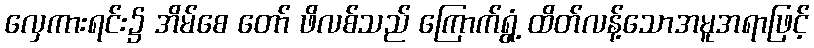
လှေကားရင်း၌ အိမ်စေ တော် ဖိလစ်သည် ကြောက်ရွံ့ ထိတ်လန့်သောအမူအရာဖြင့်